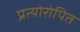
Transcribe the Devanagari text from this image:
प्रत्योरोपित